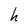
Character: h